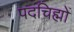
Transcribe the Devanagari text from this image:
पदचिह्मों